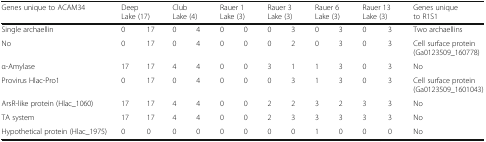
<table><thead><tr><td><b>Genes unique to ACAM34</b></td><td colspan="2"><b>Deep Lake (17)</b></td><td colspan="2"><b>Club Lake (4)</b></td><td colspan="2"><b>Rauer 1 Lake (3)</b></td><td colspan="2"><b>Rauer 3 Lake (3)</b></td><td colspan="2"><b>Rauer 6 Lake (3)</b></td><td colspan="2"><b>Rauer 13 Lake (3)</b></td><td><b>Genes unique to R1S1</b></td></tr></thead><tbody><tr><td>Single archaellin</td><td>0</td><td>17</td><td>0</td><td>4</td><td>0</td><td>0</td><td>0</td><td>3</td><td>0</td><td>3</td><td>0</td><td>3</td><td>Two archaellins</td></tr><tr><td>No</td><td>0</td><td>17</td><td>0</td><td>4</td><td>0</td><td>0</td><td>0</td><td>2</td><td>0</td><td>3</td><td>0</td><td>3</td><td>Cell surface protein (Ga0123509_160778)</td></tr><tr><td>α-Amylase</td><td>17</td><td>17</td><td>4</td><td>4</td><td>0</td><td>0</td><td>3</td><td>1</td><td>1</td><td>3</td><td>0</td><td>3</td><td>No</td></tr><tr><td>Provirus Hlac-Pro1</td><td>0</td><td>17</td><td>0</td><td>4</td><td>0</td><td>0</td><td>0</td><td>3</td><td>1</td><td>3</td><td>0</td><td>3</td><td>Cell surface protein (Ga0123509_1601043)</td></tr><tr><td>ArsR-like protein (Hlac_1060)</td><td>17</td><td>17</td><td>4</td><td>4</td><td>0</td><td>0</td><td>2</td><td>2</td><td>3</td><td>2</td><td>3</td><td>3</td><td>No</td></tr><tr><td>TA system</td><td>17</td><td>17</td><td>4</td><td>4</td><td>0</td><td>0</td><td>2</td><td>3</td><td>3</td><td>3</td><td>3</td><td>3</td><td>No</td></tr><tr><td>Hypothetical protein (Hlac_1975)</td><td>0</td><td>0</td><td>0</td><td>0</td><td>0</td><td>0</td><td>0</td><td>0</td><td>1</td><td>0</td><td>0</td><td>0</td><td>No</td></tr></tbody></table>